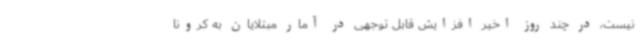
نیست، در چند روز اخیر افزایش قابل توجهی در آمار مبتلایان به کرونا